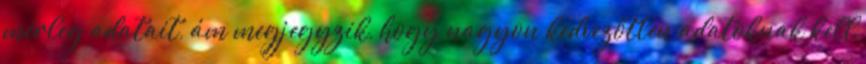
mérleg adatait, ám megjegyzik, hogy nagyon kedvezőtlen adatoknak kell